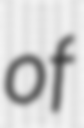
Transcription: of